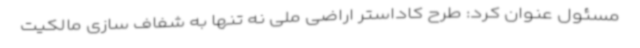
مسئول عنوان کرد: طرح کاداستر اراضی ملی نه تنها به شفاف سازی مالکیت